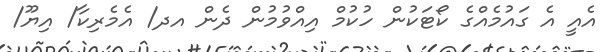
އެއީ އެ ގައުމެއްގެ ކޯޓަކުން ހުކުމް އިއްވުމުން ދެން އދ/ އެމެރިކާ/ އިޔޫ/